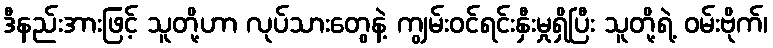
ဒီနည်းအားဖြင့် သူတို့ဟာ လုပ်သားတွေနဲ့ ကျွမ်းဝင်ရင်းနှီးမှုရှိပြီး သူတို့ရဲ့ ဝမ်းဗိုက်၊